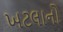
ખટલાનો